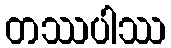
တဿပါဿ